Lunatic asylums Madras 1877-1891 - 1877-1891
Year: 1877
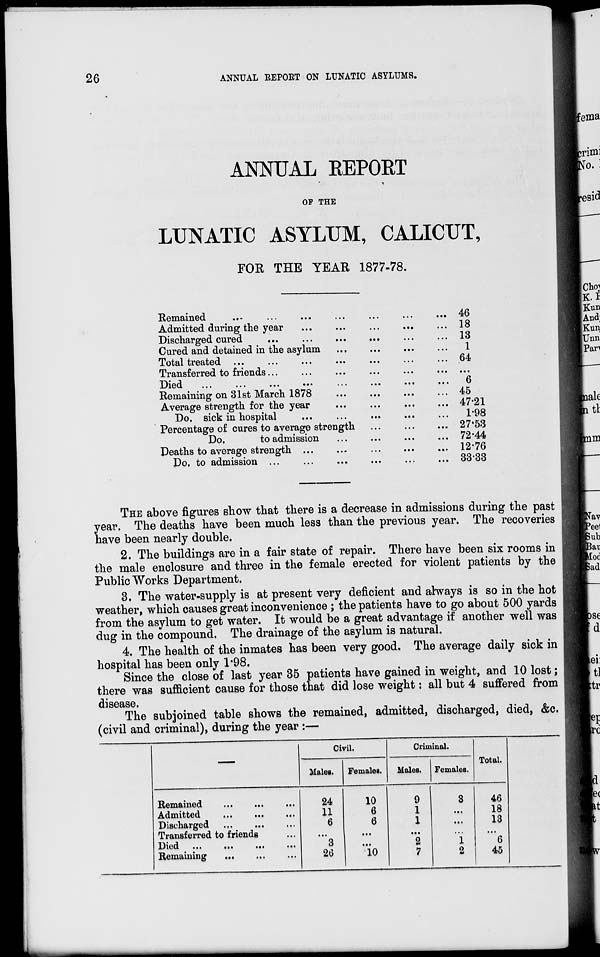
26
ANNUAL REPORT ON LUNATIC ASYLUMS.
ANNUAL REPORT
OF THE
LUNATIC ASYLUM, CALICUT,
FOR THE YEAR 1877-78.
Remained
...
...
...
...
... ... ...
Admitted during the year ... ... ... ... ... ...
Discharged cured ... ... ... ... ... ... ...
Cured and detained in the asylum ... ... ... ...
Total treated ... ... ... ... ... ... ...
Transferred to friends...
... ... ... ... ...
Died
...
...
...
...
...
...
...
...
Remaining on 31st March 1878 ... ... ... ...
Average strength for the year ... ... ... ...
Do. sick in hospital
...
... ... ... ...
Percentage of cures to average strength ... ... ...
Do.
to admission ... ... ... ...
Deaths to average strength ... ... ... ... ... ...
Do. to admission ... ... ... ... ... ... ...
46
18
13
1
64
...
6
45
47.21
1.98
27.53
72.44
12.76
33.33
THE above figures show that there is a decrease in admissions during the past
year. The deaths have been much less than the previous year. The recoveries
have been nearly double.
2. The buildings are in a fair state of repair. There have been six rooms in
the male enclosure and three in the female erected for violent patients by the
Public Works Department.
3. The water-supply is at present very deficient and always is so in the hot
weather, which causes great inconvenience ; the patients have to go about 500 yards
from the asylum to get water. It would be a great advantage if another well was
dug in the compound. The drainage of the asylum is natural.
4. The health of the inmates has been very good. The average daily sick in
hospital has been only 1.98.
Since the close of last year 35 patients have gained in weight, and 10 lost;
there was sufficient cause for those that did lose weight: all but 4 suffered from
disease.
The subjoined table shows the remained, admitted, discharged, died, &c.
(civil and criminal), during the year :—
Remained ... ... ...
Admitted
...
...
...
Discharged ... ... ...
Transferred to friends ...
Died.
...
...
...
...
Remaining ... ... ...
Civil.
Males.
24
11
6
...
3
26
Females.
10
6
6
...
...
10
Criminal.
Males.
9
1
1
...
2
7
Females.
3
...
...
...
1
2
Total.
46
18
13
...
6
45